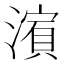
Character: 𱨺